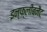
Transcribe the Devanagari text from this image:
इन्फ्लीबनैट